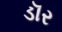
ડૉર